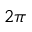
2 \pi